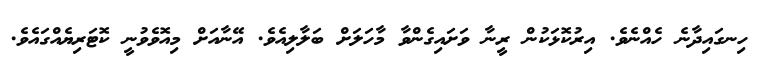
ހިނގައިދާނެ ހެއްނެވެ. އިރުކޮޅަކުން ރީނާ ވަށައިގެންވާ މާހަލަށް ބަލާލިއެވެ. އޭނާއަށް މިއޮވެވުނީ ކޮޓަރިޔެއްގައެވެ.